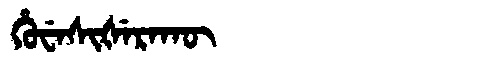
Manchu: ᡥᡠᠸᡝᠰᡳᡧᡝᡵᠠᡴᡡ
Romanization: HUWESIŠERAKŪ